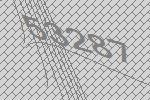
53287